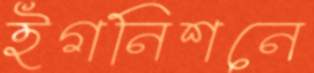
ইগনিশনে